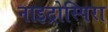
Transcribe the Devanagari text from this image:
नाइट्रोस्पिरा